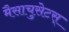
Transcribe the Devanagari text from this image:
मैसाचुसेटस्